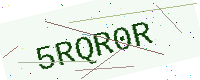
Text: 5RQR0R